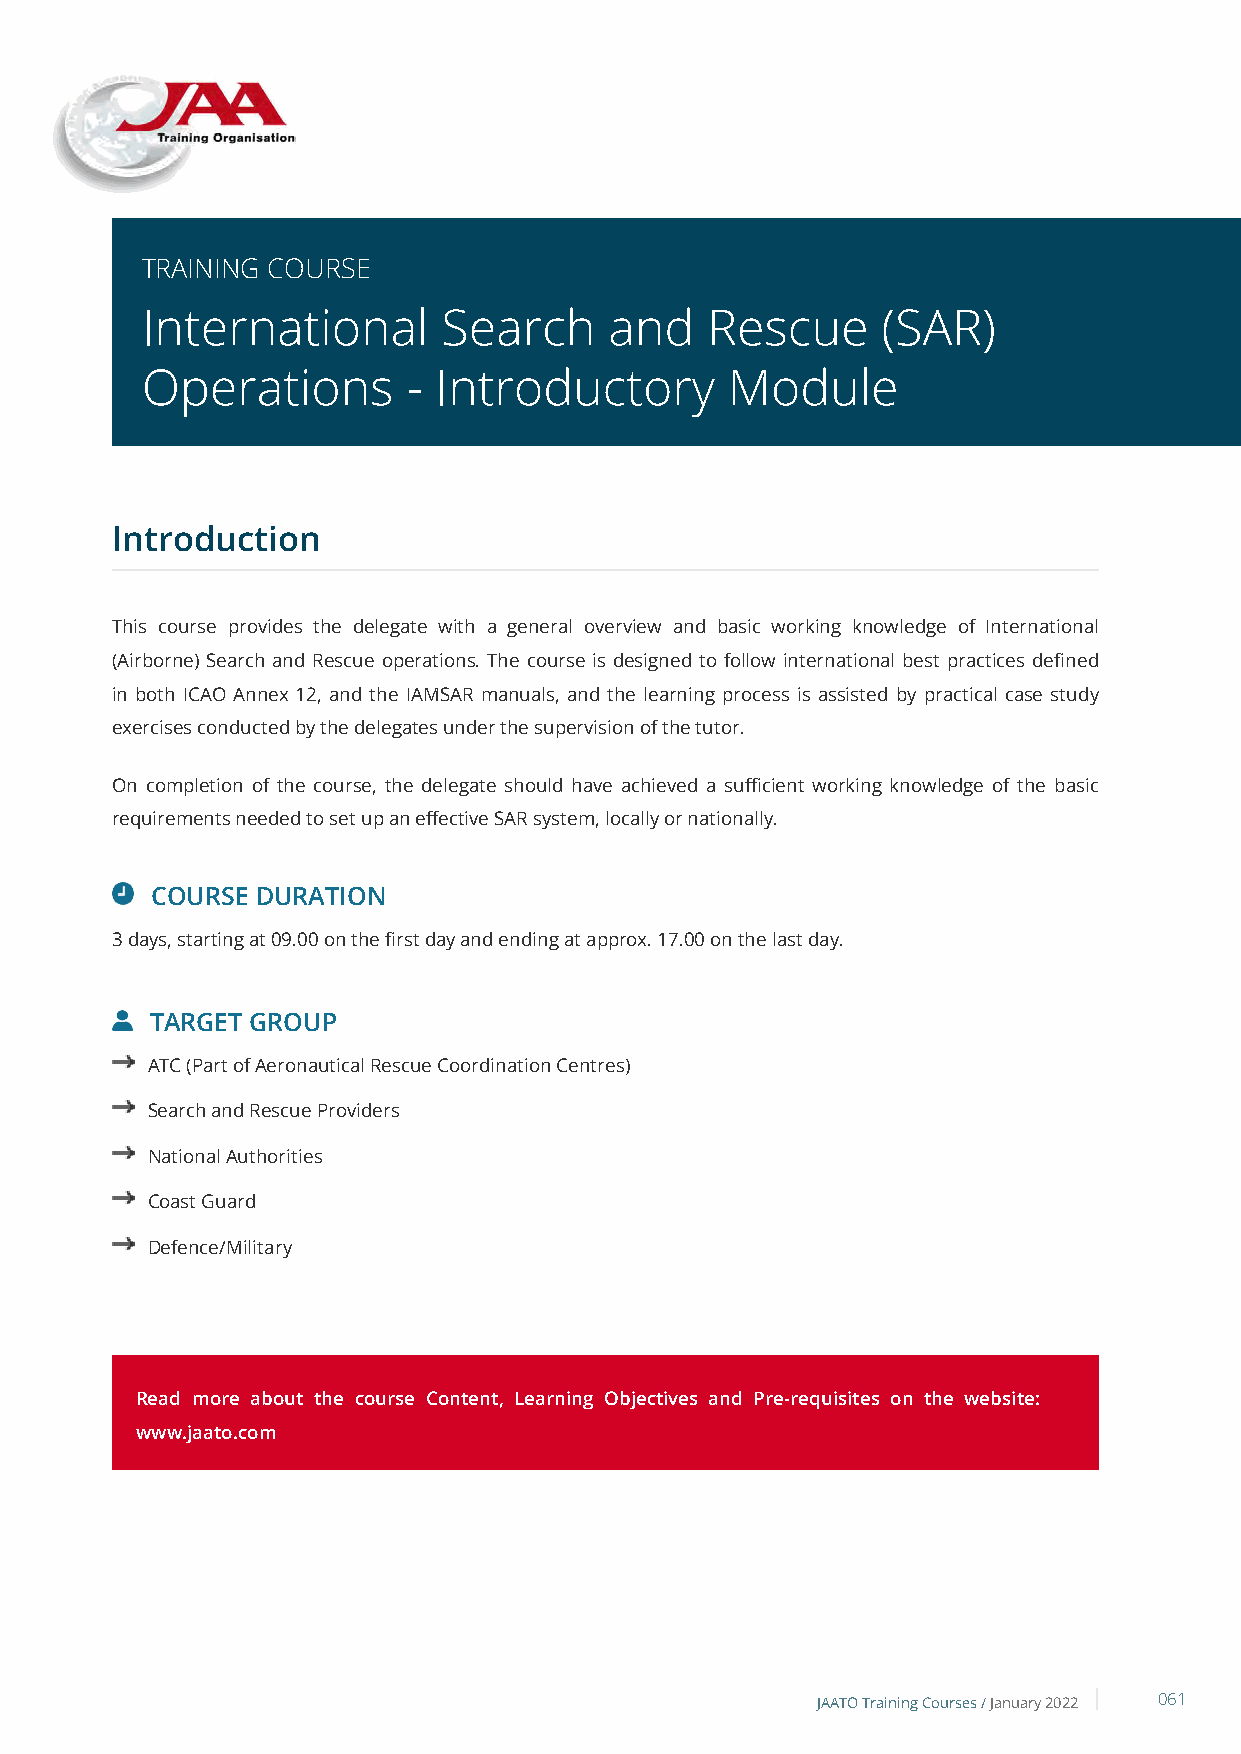
TRAINING COURSE
 International       Search     and    Rescue     (SAR)
 Operations        - Introductory       Module
 Introduction
 This course provides the delegate with a general overview and basic working knowledge of International
 (Airborne) Search and Rescue operations. The course is designed to follow international best practices defined
 in both ICAO Annex 12, and the IAMSAR manuals, and the learning process is assisted by practical case study
 exercises conducted by the delegates under the supervision of the tutor.
 On completion of the course, the delegate should have achieved a sufficient working knowledge of the basic
 requirements needed to set up an effective SAR system, locally or nationally.
 COURSE DURATION
 3 days, starting at 09.00 on the first day and ending at approx. 17.00 on the last day.
 TARGET GROUP
 ATC (Part of Aeronautical Rescue Coordination Centres)
 Search and Rescue Providers
 National Authorities
 Coast Guard
 Defence/Military
 Read more about the course Content, Learning Objectives and Pre-requisites on the website:
 www.jaato.com
 JAATO Training Courses /January 2022 061